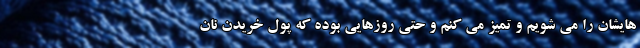
هایشان را می شویم و تمیز می کنم و حتی روزهایی بوده که پول خریدن نان